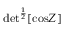
\mathrm { d e t } ^ { { \frac { 1 } { 2 } } } \lbrack \mathrm { c o s } { \cal Z } \rbrack